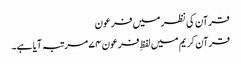
قرآن کی نظر میں فرعون
قرآن کریم میں لفظِ فرعون ۷۴ مرتبہ آیا ہے۔